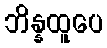
ဘိန္နထူပေ